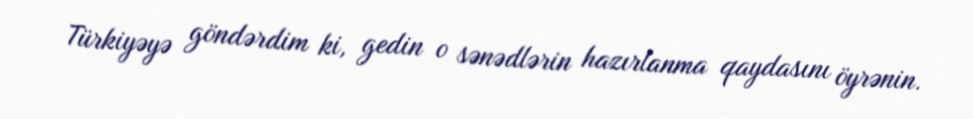
Türkiyəyə göndərdim ki, gedin o sənədlərin hazırlanma qaydasını öyrənin.